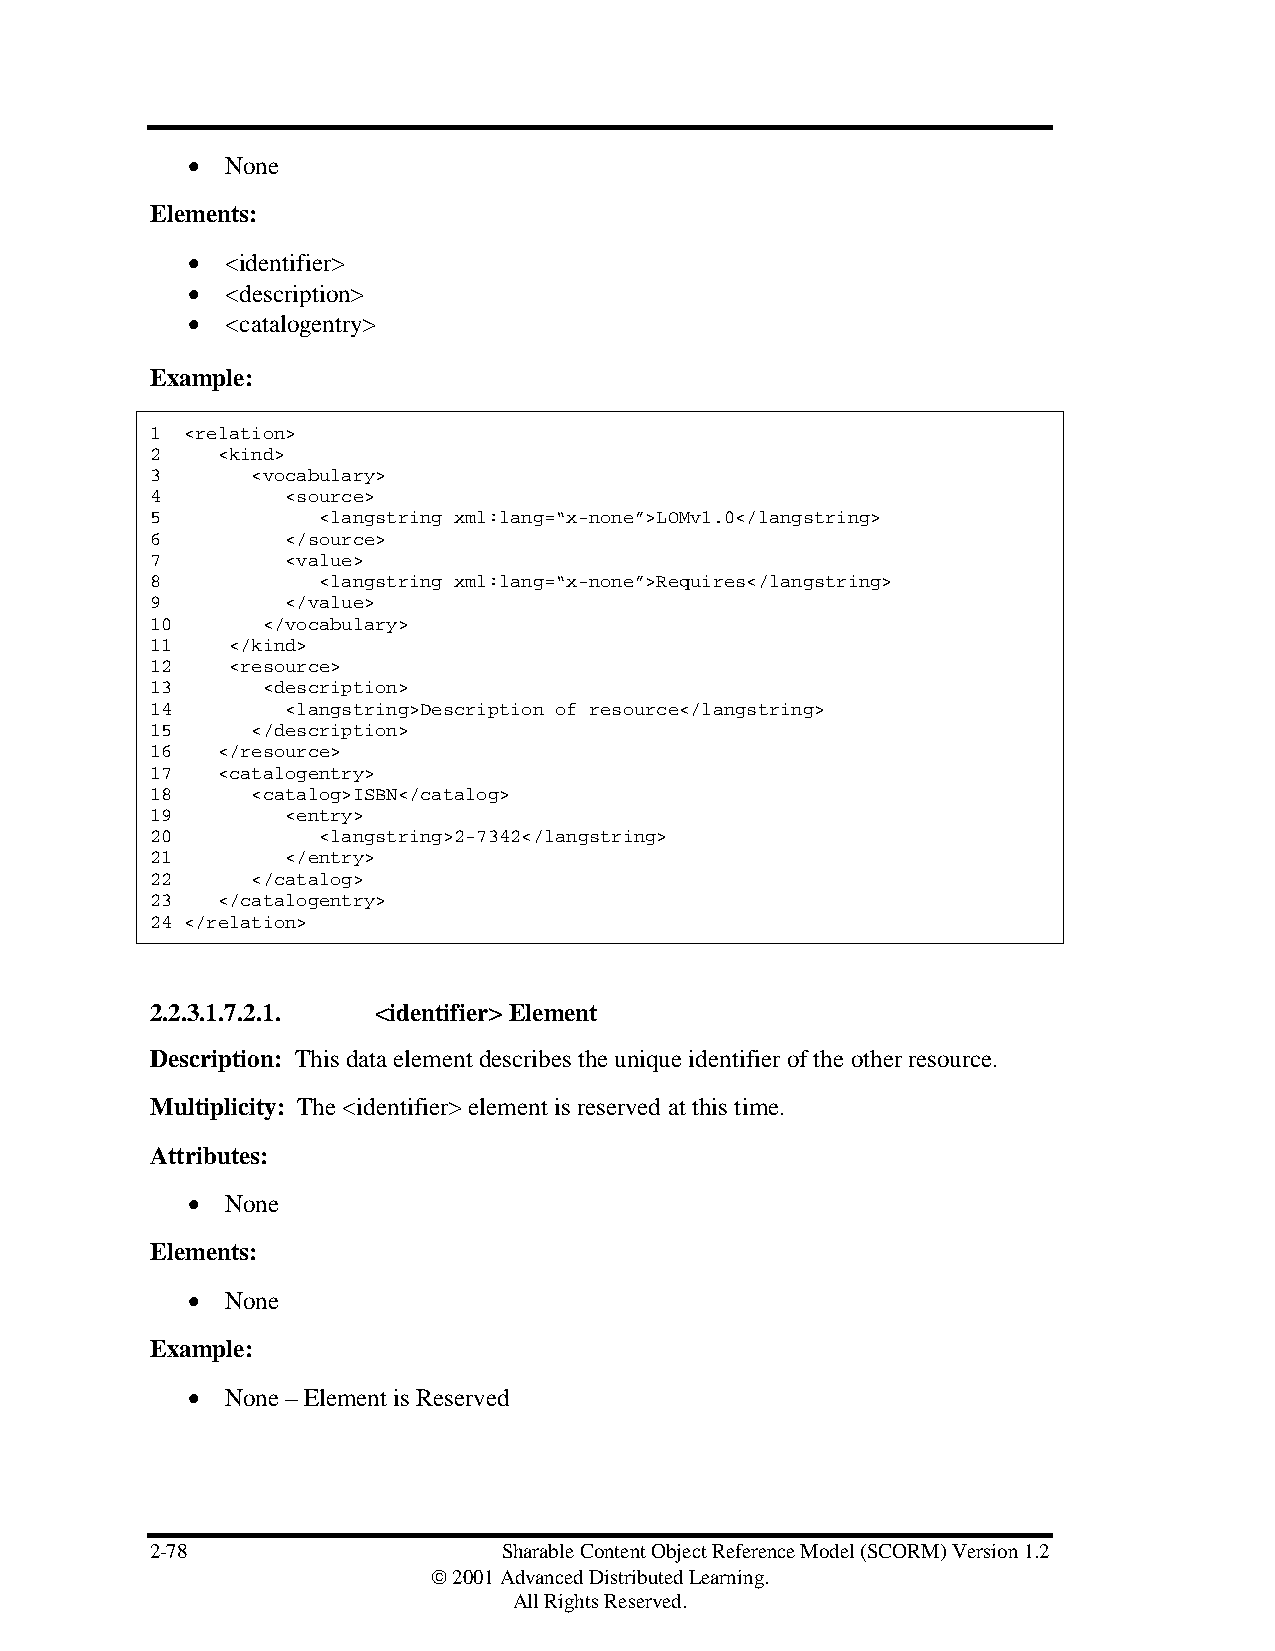
•  None
 Elements:
 •  <identifier>
 •  <description>
 •  <catalogentry>
 Example:
 1 <relation>
 2   <kind>
 3      <vocabulary>
 4        <source>
 5          <langstring xml:lang=“x-none”>LOMv1.0</langstring>
 6        </source>
 7        <value>
 8          <langstring xml:lang=“x-none”>Requires</langstring>
 9        </value>
 10     </vocabulary>
 11   </kind>
 12   <resource>
 13     <description>
 14       <langstring>Description of resource</langstring>
 15     </description>
 16  </resource>
 17  <catalogentry>
 18     <catalog>ISBN</catalog>
 19       <entry>
 20         <langstring>2-7342</langstring>
 21       </entry>
 22     </catalog>
 23  </catalogentry>
 24 </relation>
 2.2.3.1.7.2.1. <identifier> Element
 Description: This data element describes the unique identifier of the other resource.
 Multiplicity: The <identifier> element is reserved at this time.
 Attributes:
 •  None
 Elements:
 •  None
 Example:
 •  None – Element is Reserved
 2-78                   Sharable Content Object Reference Model (SCORM) Version 1.2
  2001 Advanced Distributed Learning.
 All Rights Reserved.